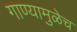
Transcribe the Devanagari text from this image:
गाण्यामुळेच